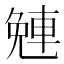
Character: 𨌜